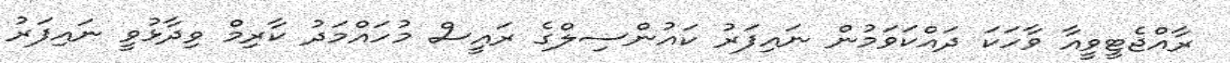
ރާއްޖެޓީވީއާ ވާހަކަ ދައްކަވަމުން ނައިފަރު ކައުންސިލްގެ ރައީސް މުހައްމަދު ކާރިމް ވިދާޅުވީ ނައިފަރު